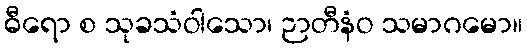
ဓီရော စ သုခသံဝါသော၊ ဉာတီနံဝ သမာဂမော။